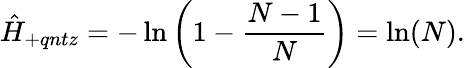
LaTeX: \hat{H}_{+qntz}=-\ln\left(1-\frac{N-1}{N}\right)=\ln(N).